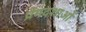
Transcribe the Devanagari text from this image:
प्रेमदशाओं